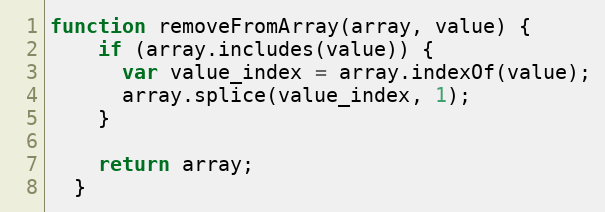
Language: JavaScript
function removeFromArray(array, value) {
    if (array.includes(value)) {
      var value_index = array.indexOf(value);
      array.splice(value_index, 1);
    }

    return array;
  }